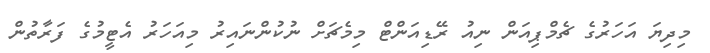
މިދިޔަ އަހަރުގެ ޗެމްޕިއަން ނިއު ރޭޑިއަންޓް މިމެޗަށް ނުކުންނައިރު މިއަހަރު އެޓީމުގެ ފަރާތުން